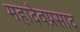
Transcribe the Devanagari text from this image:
महादेवप्रसाद